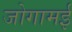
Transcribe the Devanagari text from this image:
जोगामई